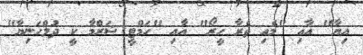
އިޔާ" އާއި "މެއި ތެރާ ހީރޯ" އާާއި "ހަމްޓީ ޝަރްމާ ކީ ދުލްހަނިޔާ"